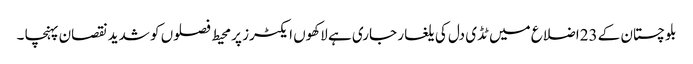
بلوچستان کے 23اضلاع میں ٹڈی دل کی یلغار جاری ہے لاکھوں ایکٹرز پر محیط فصلوں کو شدید نقصان پہنچا ۔